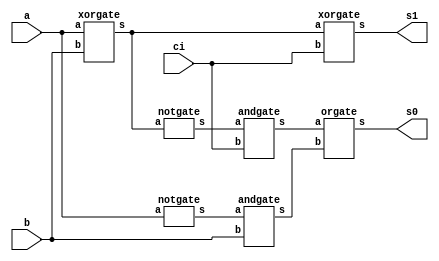
// -------------------------
// Exemplo0022  FULL SUBTRACT
// Nome: Gustavo Barbosa


module fullSubtract (output s1, output s0, input a, input b, input ci);

   wire x,y,z,w1,w2;
   xorgate XOR1(x,a,b);
   notgate NOT1(w1,a);
   andgate AND1(y,w1,b);
   xorgate XOR2(s1,x,ci);
   notgate NOT2(w2,x);
   andgate AND2(z,w2,ci);
   orgate OR2(s0,z,y);

endmodule
 
module fullSubtract4 (output [4:0] s, input [3:0] a, input [3:0] b);
   
	wire v1,v2,v3,v0,x;
   halfSubtract HS1(s[0],v0,a[0],b[0]);
   fullSubtract FS1(s[1],v1,a[1],b[1],v0);
   fullSubtract FS2(s[2],v2,a[2],b[2],v1);
   fullSubtract FS3(s[3],v3,a[3],b[3],v2);
   xorgate XOR1(x,s[3],v3);
   conc C1(s[4],x);

endmodule

module conc (output s, input a);

  assign s = a;

endmodule

module halfSubtract (output s0, output s1, input a, input b);

  wire x;
  xorgate XOR1(s0,a,b);
  notgate NOT1(x,a);
  andgate AND1(s1,x,b);

endmodule

module andgate (output s, input a, input b);
  assign s = a & b;
endmodule

module notgate (output s, input a);
  assign s = ~a;
endmodule

module xorgate (output s, input a, input b);
  assign s = a ^ b;
endmodule

module orgate (output s, input a, input b);
  assign s = a | b;
endmodule

module test_fullSubtract;
// definir dados
      reg [3:0] x;
      reg [3:0] y;
      wire [4:0] sub;

      fullSubtract4 FA41(sub,x,y);


//parte principal
 initial begin
      $display("Exemplo0022 - Gustavo Barbosa - 427410");
      $display("Test ALUs full subtractor");

      #1 x=4'b0000; y=4'b0000;  
      $monitor("%4b %4b = %4b",x,y,sub);
      #1 x=4'b0110; y=4'b0100;
		#1 x=4'b0011; y=4'b0100;
      #1 x=4'b0100; y=4'b0010;
      #1 x=4'b0111; y=4'b0111;
      #1 x=4'b0101; y=4'b0111;

 
 end 
 
endmodule // test_fullAdder